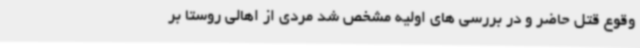
وقوع قتل حاضر و در بررسی های اولیه مشخص شد مردی از اهالی روستا بر